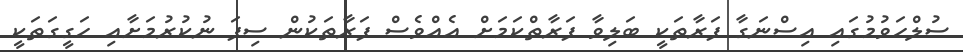
ސުލްހަވުމުގައި އިސްނަގާ ފަރާތަކީ ބަލިވާ ފަރާތްކަމަށް އެއްވެސް ފަރާތަކުން ސިފަ ނުކުރުމަށާއި ހަގީގަތަކީ